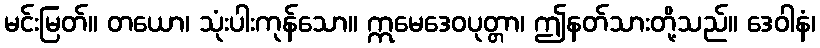
မင်းမြတ်။ တယော၊ သုံးပါးကုန်သော။ ဣမေဒေဝပုတ္တာ၊ ဤနတ်သားတို့သည်။ ဒေဝါနံ၊